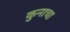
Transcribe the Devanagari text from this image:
कुनाचा